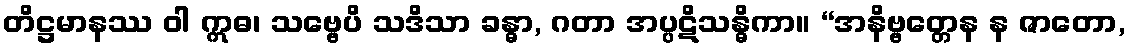
တိဋ္ဌမာနဿ ဝါ ဣဓ၊ သဗ္ဗေပိ သဒိသာ ခန္ဓာ, ဂတာ အပ္ပဋိသန္ဓိကာ။ “အနိဗ္ဗတ္တေန န ဇာတော,